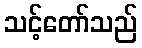
သင့်တော်သည်